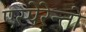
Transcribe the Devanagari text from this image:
एस्पेरेन्तो